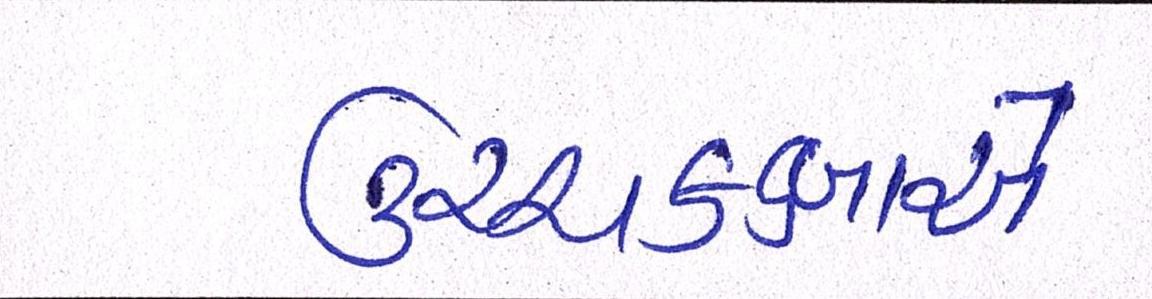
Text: ઉચ્ચકક્ષાએ